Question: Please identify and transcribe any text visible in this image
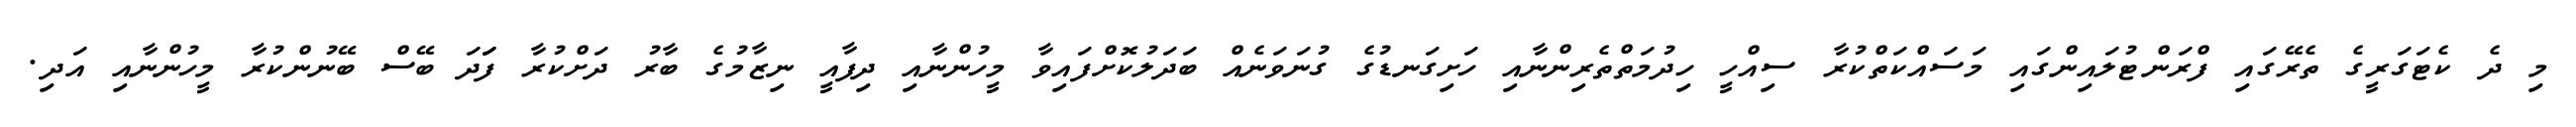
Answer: މި ދެ ކެޓަގަރީގެ ތެރޭގައި ފްރަންޓުލައިންގައި މަސައްކަތްކުރާ ސިއްހީ ހިދުމަތްތެރިންނާއި ހަށިގަނޑުގެ ގުނަވަނެއް ބަދަލުކޮށްފައިވާ މީހުންނާއި ދިފާއީ ނިޒާމުގެ ބާރު ދަށްކުރާ ފަަދަ ބޭސް ބޭނުންކުރާ މީހުންނާއި އަދި.